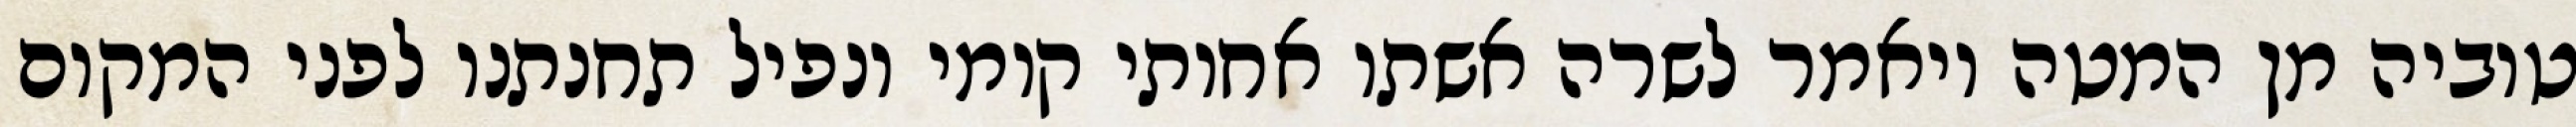
טוביה מן המטה ויאמר לשרה אשתו אחותי קומי ונפיל תחנתנו לפני המקום